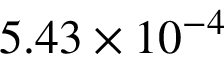
5 . 4 3 \times 1 0 ^ { - 4 }